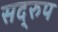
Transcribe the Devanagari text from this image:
सद्‌रुप